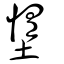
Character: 墯